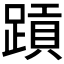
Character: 𬧄